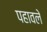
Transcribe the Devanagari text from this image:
पहावले